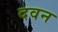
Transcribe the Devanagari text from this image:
दवन